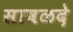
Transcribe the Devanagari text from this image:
सावळदे